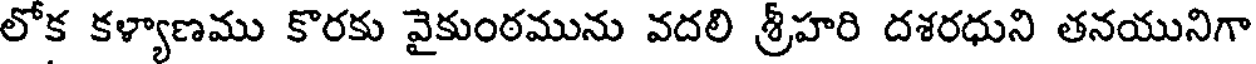
లోక కళ్యాణము కొరకు వైకుంఠమును వదలి శ్రీహరి దశరధుని తనయునిగా